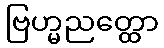
ဗြဟ္မညတ္ထော